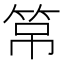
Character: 𱷹